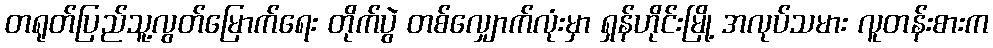
တရုတ်ပြည်သူ့လွတ်မြောက်ရေး တိုက်ပွဲ တစ်လျှောက်လုံးမှာ ရှန်ဟိုင်းမြို့ အလုပ်သမား လူတန်းစားက